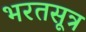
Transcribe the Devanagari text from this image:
भरतसूत्र